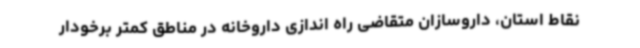
نقاط استان، داروسازان متقاضی راه اندازی داروخانه در مناطق کمتر برخودار